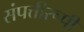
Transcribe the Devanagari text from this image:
संपत्तीरूपी